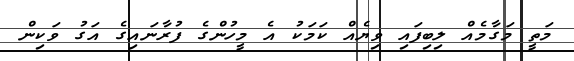
މަތީ މަގާމެއް ލިބިފައި ވިޔެއް ކަމަކު އެ މީހުންގެ ފުރާނައިގެ އަގު ވަކިން